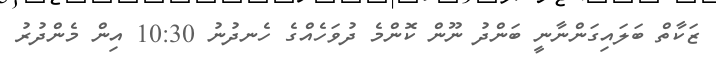
ޒަކާތް ބަލައިގަންނާނީ ބަންދު ނޫން ކޮންމެ ދުވަހެއްގެ ހެނދުނު 10:30 އިން މެންދުރު